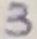
Text: 3